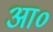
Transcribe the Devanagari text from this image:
आ०